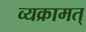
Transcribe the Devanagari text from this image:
व्यक्रामत्